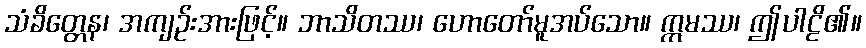
သံခိတ္တေန၊ အကျဉ်းအားဖြင့်။ ဘာသိတဿ၊ ဟောတော်မူအပ်သော။ ဣမဿ၊ ဤပါဠိ၏။